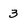
Character: 3